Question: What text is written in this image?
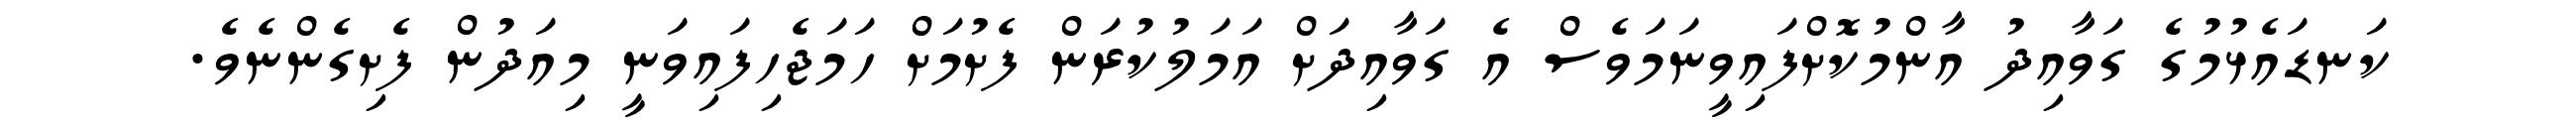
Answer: ކަނޑައެޅުމުގެ ގަވާއިދު އާންމުކޮށްފައިވީނަމަވެސް އެ ގަވާއިދަށް އަމަލުކުރަން ފެށުމަށް ހަމަޖެހިފައިވަނީ މިއަދުން ފެށިގެންނެވެ.